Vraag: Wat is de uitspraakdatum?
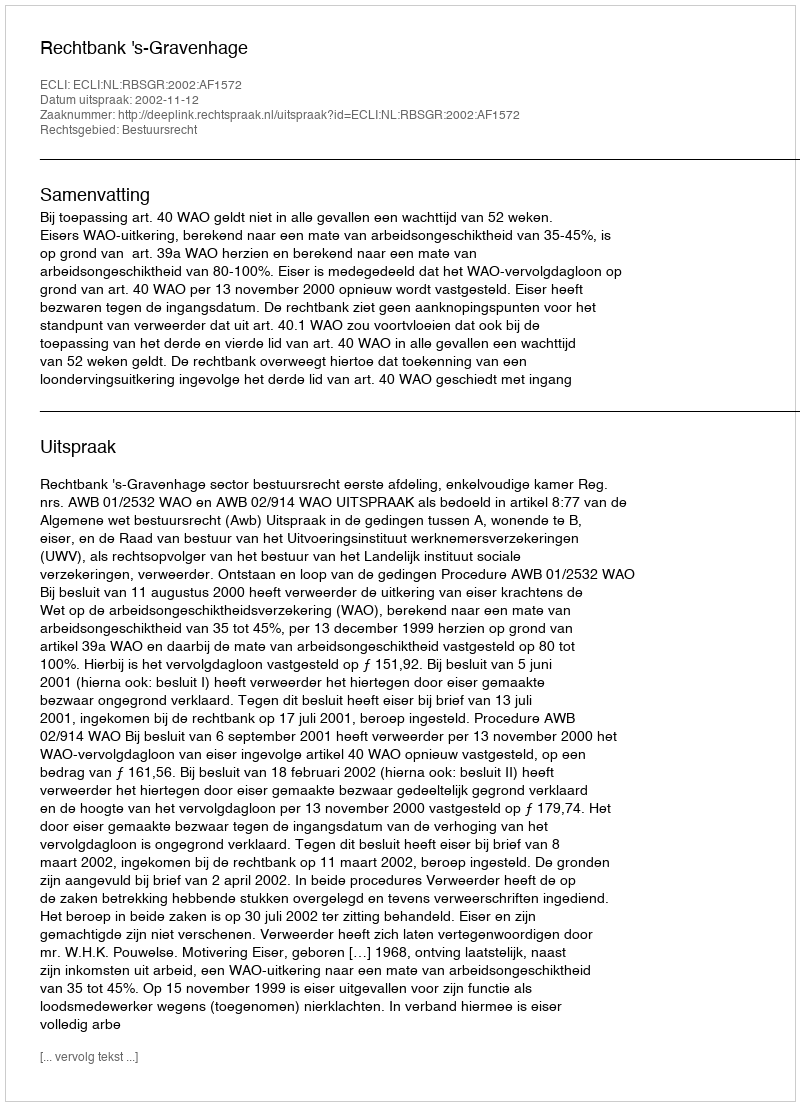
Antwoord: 2002-11-12